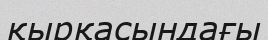
қырқасындағы